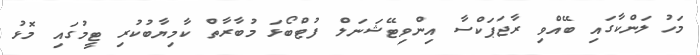
މަހު ލަންކާގައި ބޭއްވި ރާޖަޕަކްސާ އިންވިޓޭޝަނަލް ފުޓްބޯޅަ މުބާރާތް ކާމިޔާބުކުރި ޓީމުގައި މޮޅު